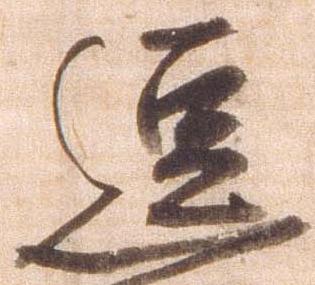
逗